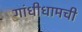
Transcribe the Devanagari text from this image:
गांधीधामची